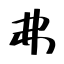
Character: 弗